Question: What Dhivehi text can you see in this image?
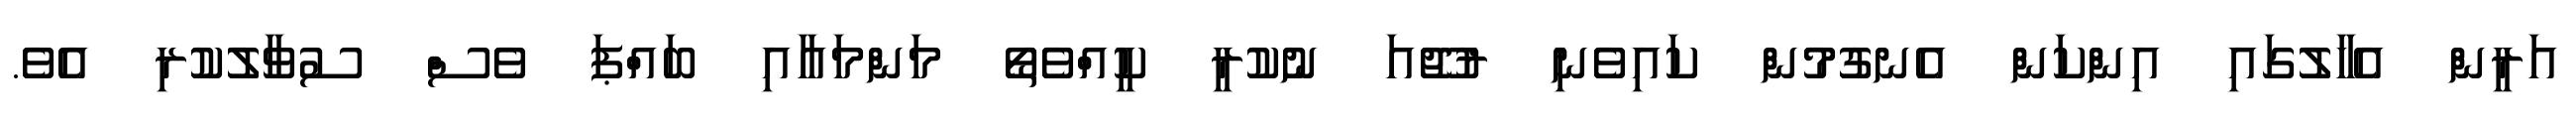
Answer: އަރީން އެހާލުގައި އިންކަން އެނގުމުން ކައިވެނި ރުޖޫއަ ނުކުރީ ކީއްވެތޯ މަންމައާއި ބައްޕަ ވެސް ސުވާލުކުރި އެވެ.